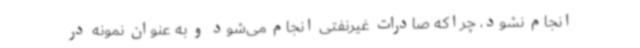
انجام نشود، چراکه صادرات غیرنفتی انجام می‌شود و به عنوان نمونه در